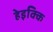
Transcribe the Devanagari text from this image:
हेइक्कि